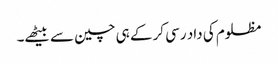
مظلوم کی داد رسی کر کے ہی چین سے بیٹھے۔